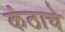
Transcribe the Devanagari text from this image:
कंठाचे